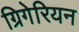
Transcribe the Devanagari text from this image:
ग्रिगेरियन